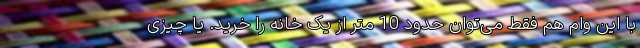
با این وام هم فقط می‌توان حدود 10 متر از یک خانه را خرید. یا چیزی